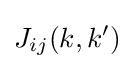
J_{ij}(k,k')